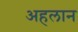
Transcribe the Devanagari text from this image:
अहलान